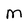
Character: M